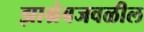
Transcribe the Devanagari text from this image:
झाग्रेबजवळील